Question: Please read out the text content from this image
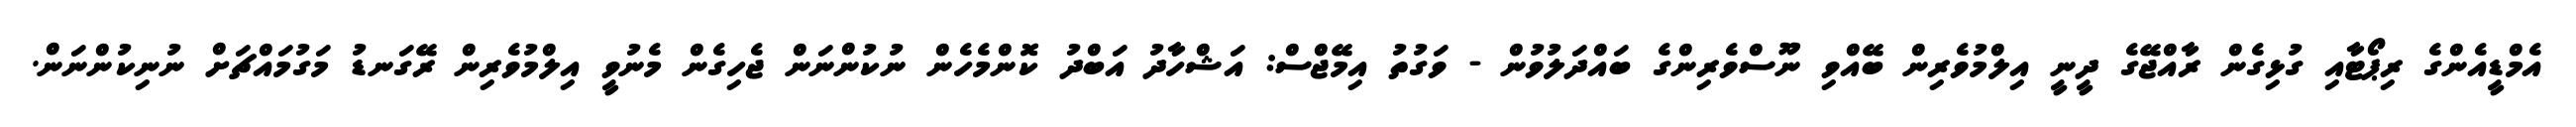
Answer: އެމްޑީއެންގެ ރިޕޯޓާއި ގުޅިގެން ރާއްޖޭގެ ދީނީ އިލްމުވެރިން ބޭއްވި ނޫސްވެރިންގެ ބައްދަލުވުން - ވަގުތު އިމޭޖްސް: އަޝްހާދު އަބްދު ކޮންމެހެން ނުކުންނަން ޖެހިގެން މެނުވީ އިލްމުވެރިން ރޭގަނޑު މަގުމައްޗަށް ނުނިކުންނަން.